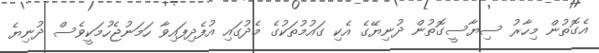
އެގޮތުން މިހާރު ސިޔާސީގޮތުން ދުނިޔޭގެ އެކި ގައުމުތަކުގެ މެދުގައި އުފެދިފައިވާ ހަމަނުޖެހުމަކީވެސް ދުނިޔެ